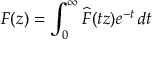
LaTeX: F ( z ) = \int _ { 0 } ^ { \infty } { \widehat { F } } ( t z ) e ^ { - t } \, d t